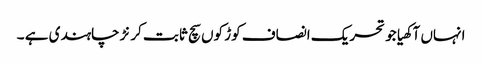
انہاں آکھیا جو تحریک انصاف کوڑ کوں سچ ثابت کرنڑ چاہندی ہے ۔